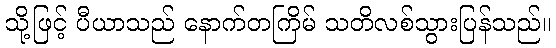
သို့ဖြင့် ပီယာသည် နောက်တကြိမ် သတိလစ်သွားပြန်သည်။